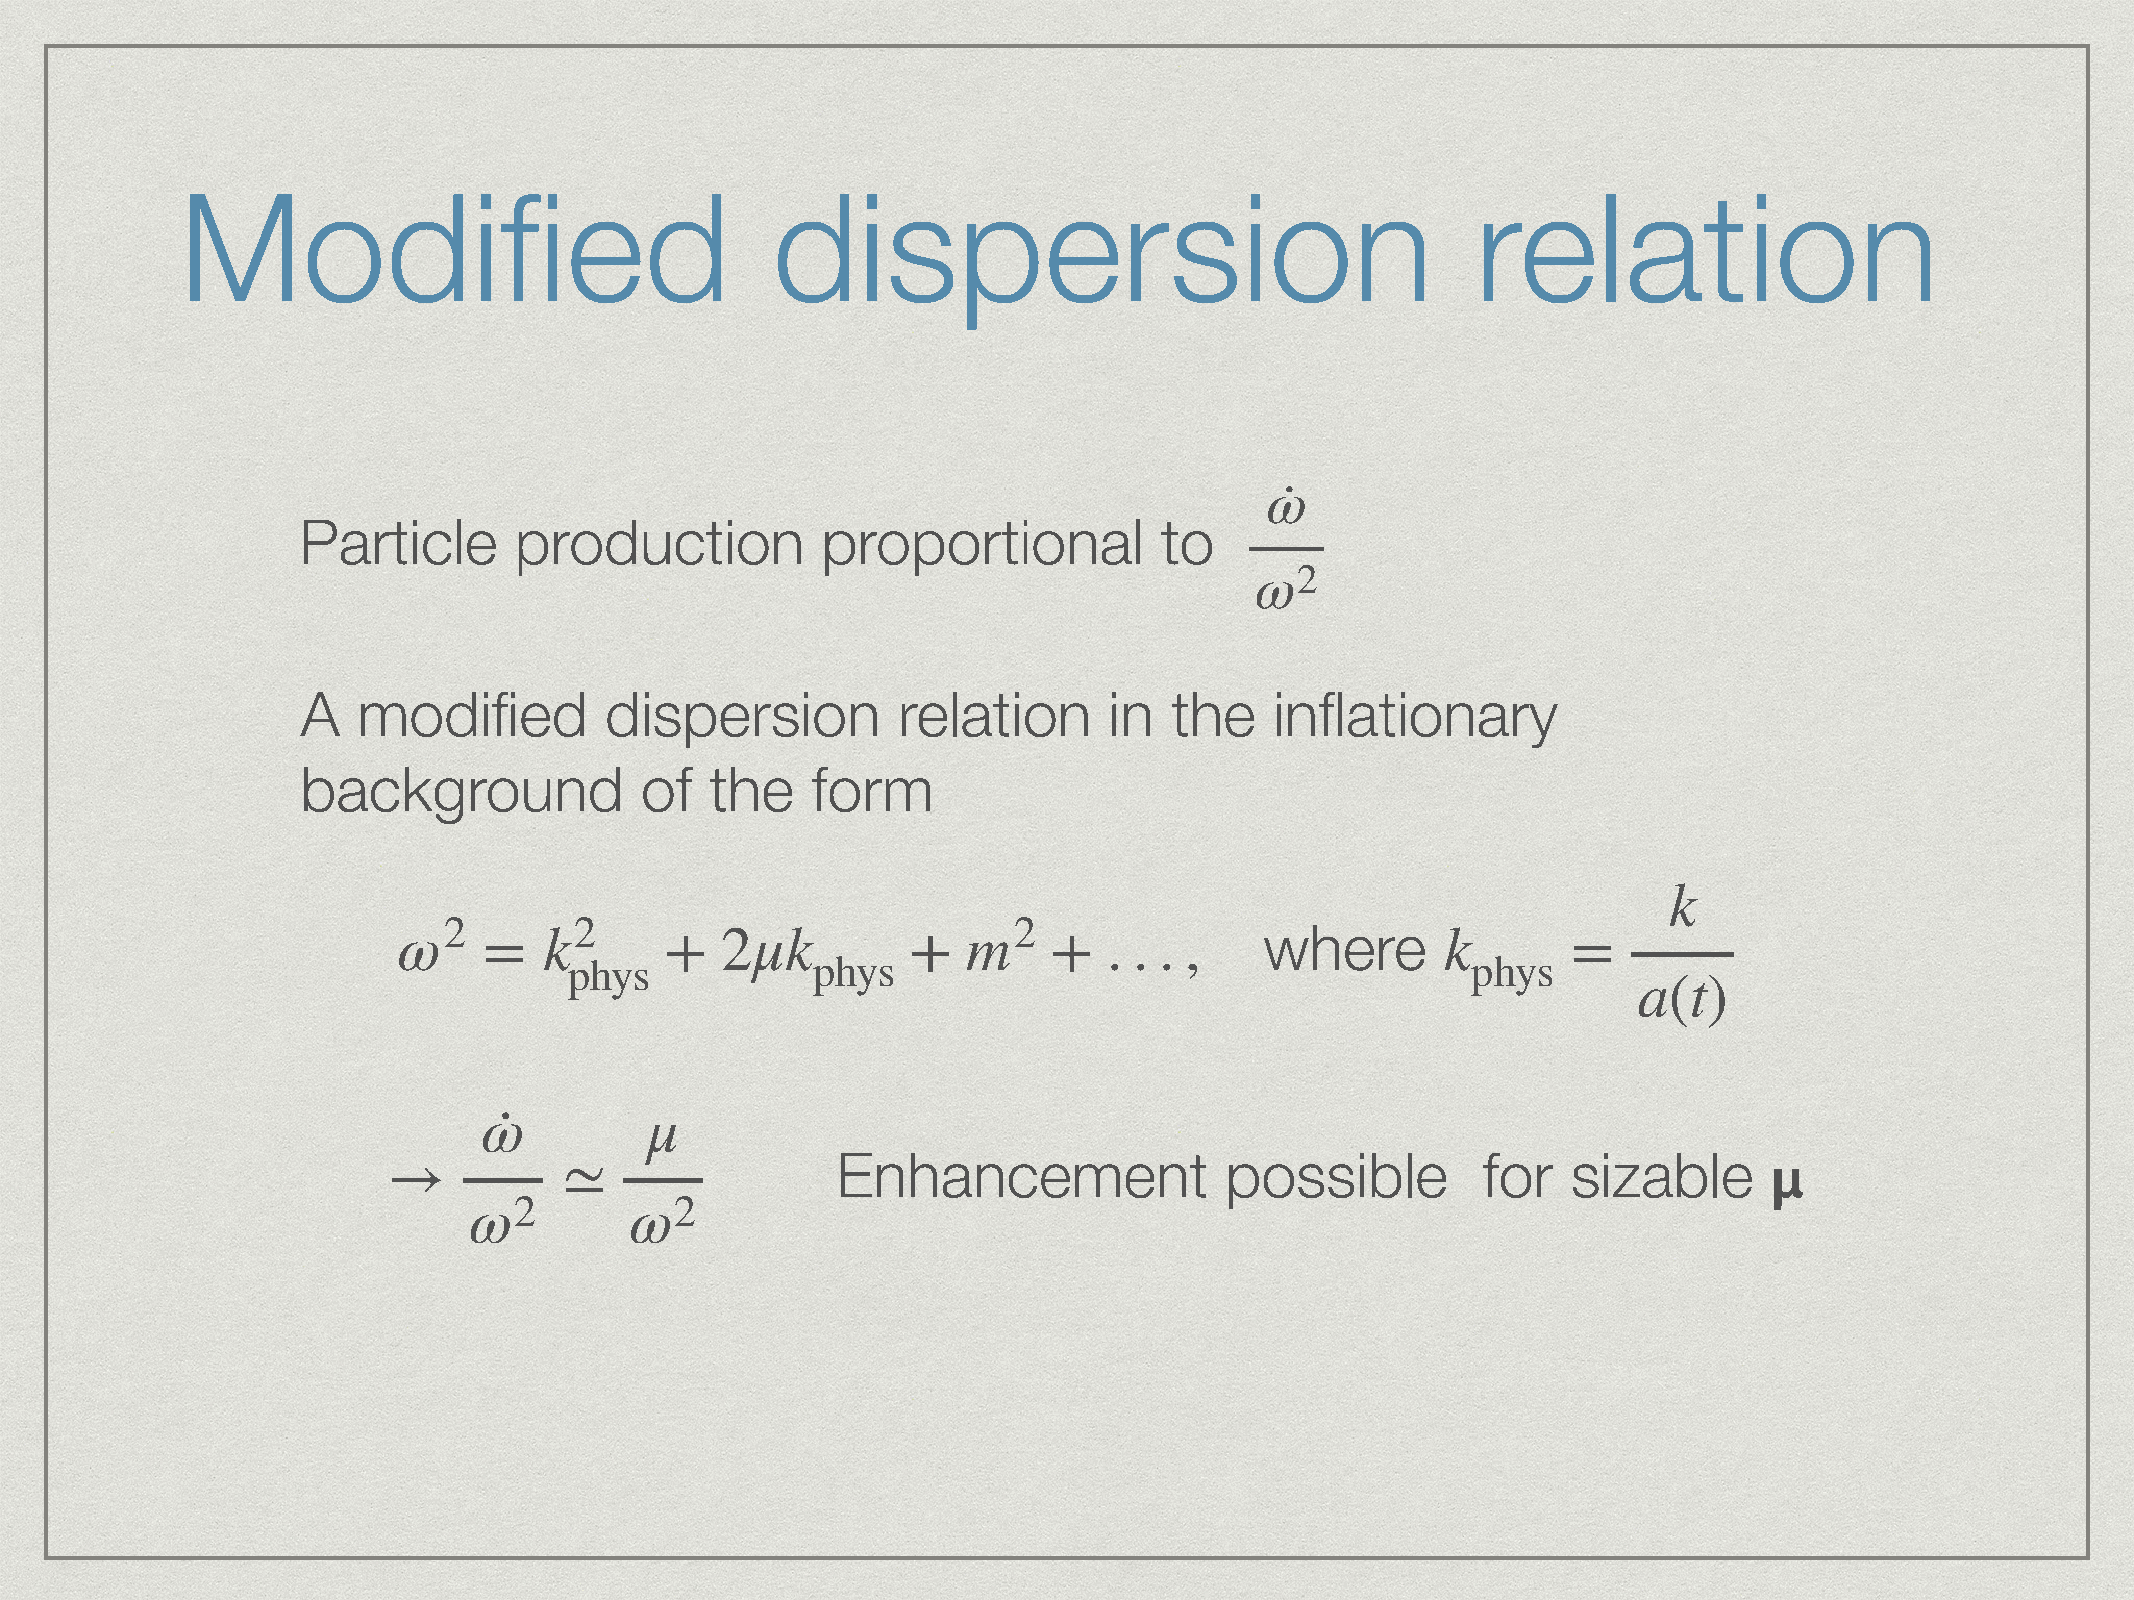
Modified                               dispersion                                     relation
 ·
 ω
 Particle      production          proportional           to
 ω2
 A   modified        dispersion         relation      in   the   inflationary
 background            of   the    form
 k
 ω2        k2            μk            m2                  where       k
 =           +   2           +         +  . . . ,                        =
 phys            phys                                       phys
 a   t
 (  )
 ·
 ω          μ
 Enhancement               possible         for   sizable
 →          ≃                                                                               𝝻
 ω2         ω2